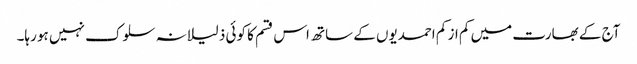
آج کے بھارت میں کم از کم احمدیوں کے ساتھ اس قسم کا کوئی ذلیلانہ سلوک نہیں ہو رہا۔